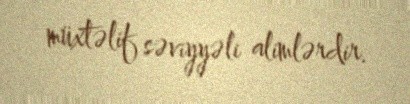
müxtəlif səviyyəli alimlərdir.